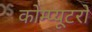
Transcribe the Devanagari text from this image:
कोम्प्यूटरो